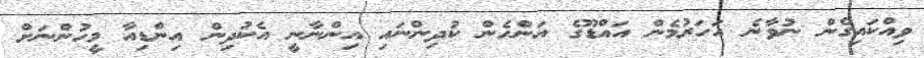
ވިއްކައިގެން ނުވާނެ އަހަރުމެން އައްޑޫގެ އަންހެން ކުދިންނައި އިންނާނީ އެކުދިން އިންޑިއާ މީހުންނަށް